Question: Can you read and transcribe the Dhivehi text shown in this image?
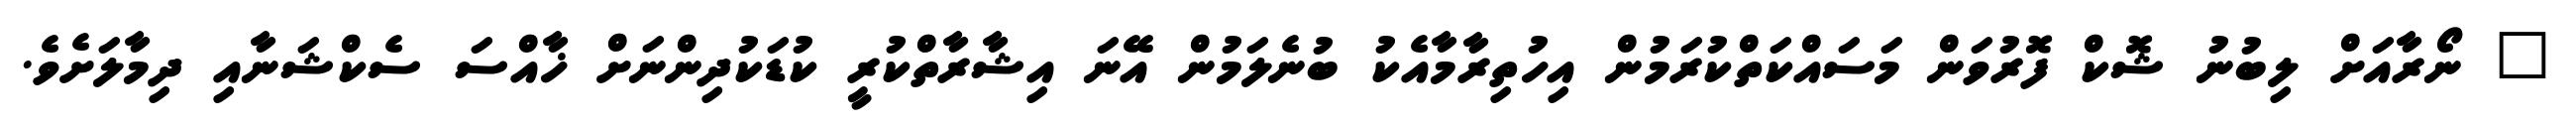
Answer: " ނޯރާއަށް ލިބުނު ޝޮކް ފޮރުވަން މަސައްކަތްކުރަމުން އިހުތިރާމާއެކު ބުނެލަމުން އޭނަ އިޝާރާތްކުރީ ކުޑަކުދިންނަށް ޚާއްސަ ސެކްޝަނާއި ދިމާލަށެވެ.